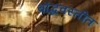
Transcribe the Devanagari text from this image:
बौद्धवस्तीत